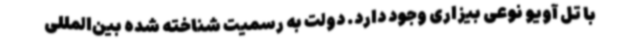
با تل آویو نوعی بیزاری وجود دارد. دولت به رسمیت شناخته شده بین‌المللی